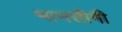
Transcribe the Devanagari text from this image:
मानसीनी